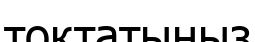
тоқтатыңыз